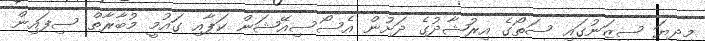
މިދިޔަ ސީޒަނުގައި ސަތޯގެ އިރުޝާދުގެ ދަށުން އެސޯސިއޭޝަން ކަޕާއި ގައުމީ މުބާރާތް ސިފައިން